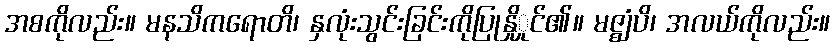
အစကိုလည်း။ မနသိကရောတိ၊ နှလုံးသွင်းခြင်းကိုပြုနှိုှုင်၏။ မဇ္ဈံပိ၊ အလယ်ကိုလည်း။